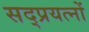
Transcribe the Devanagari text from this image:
सद्प्रयत्नों